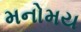
મનોમય